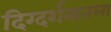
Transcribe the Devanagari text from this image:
दिग्दर्शनातला